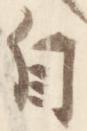
自